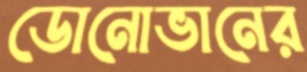
ডোনোভানের